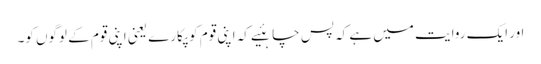
اور ایک روایت میں ہے کہ پس چاہئیے کہ اپنی قوم کو پکارے یعنی اپنی قوم کے لوگوں کو۔